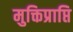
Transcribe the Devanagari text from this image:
मुक्तिप्राप्ति